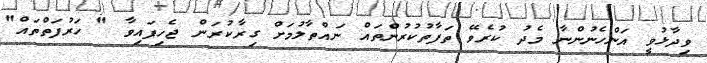
ވިދާޅުވީ އަންހެނުންނާ މެދު ކުރެވޭ ތަފާތުކުރުންތައް ނައްތާލުމަށް ގިރާކުރަން ޖެހިފައިވާ " ހަރުފަތްތައް"